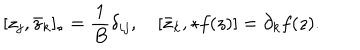
[ z _ { j } , \bar { z } _ { k } ] _ { \star } = \frac { 1 } { B } \delta _ { i j } , \quad [ \bar { z } _ { k } , \star f ( z ) ] = \partial _ { k } f ( z ) .